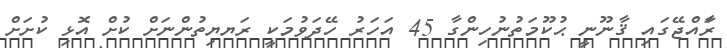
ރަާއްޖޭގައި ޤާނޫނީ ޙުކޫމަތުނުހިންގާ 45 އަހަރު ހޭދަވުމަކީ ރަޔޔިތުންނަށް ކުށް އޮޅި ކުށަށް